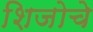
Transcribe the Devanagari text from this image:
शिजोचे